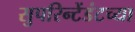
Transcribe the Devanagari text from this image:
सुपरिन्टेंडंटच्या